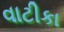
વાટીકા